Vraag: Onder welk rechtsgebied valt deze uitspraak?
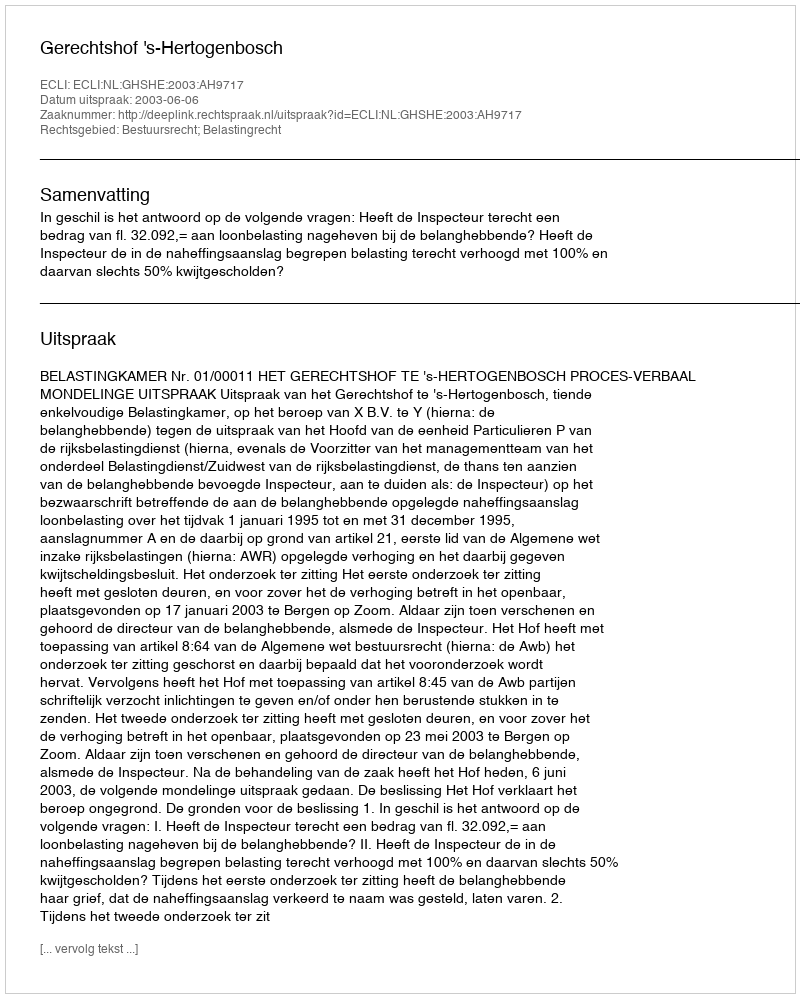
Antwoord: Bestuursrecht; Belastingrecht